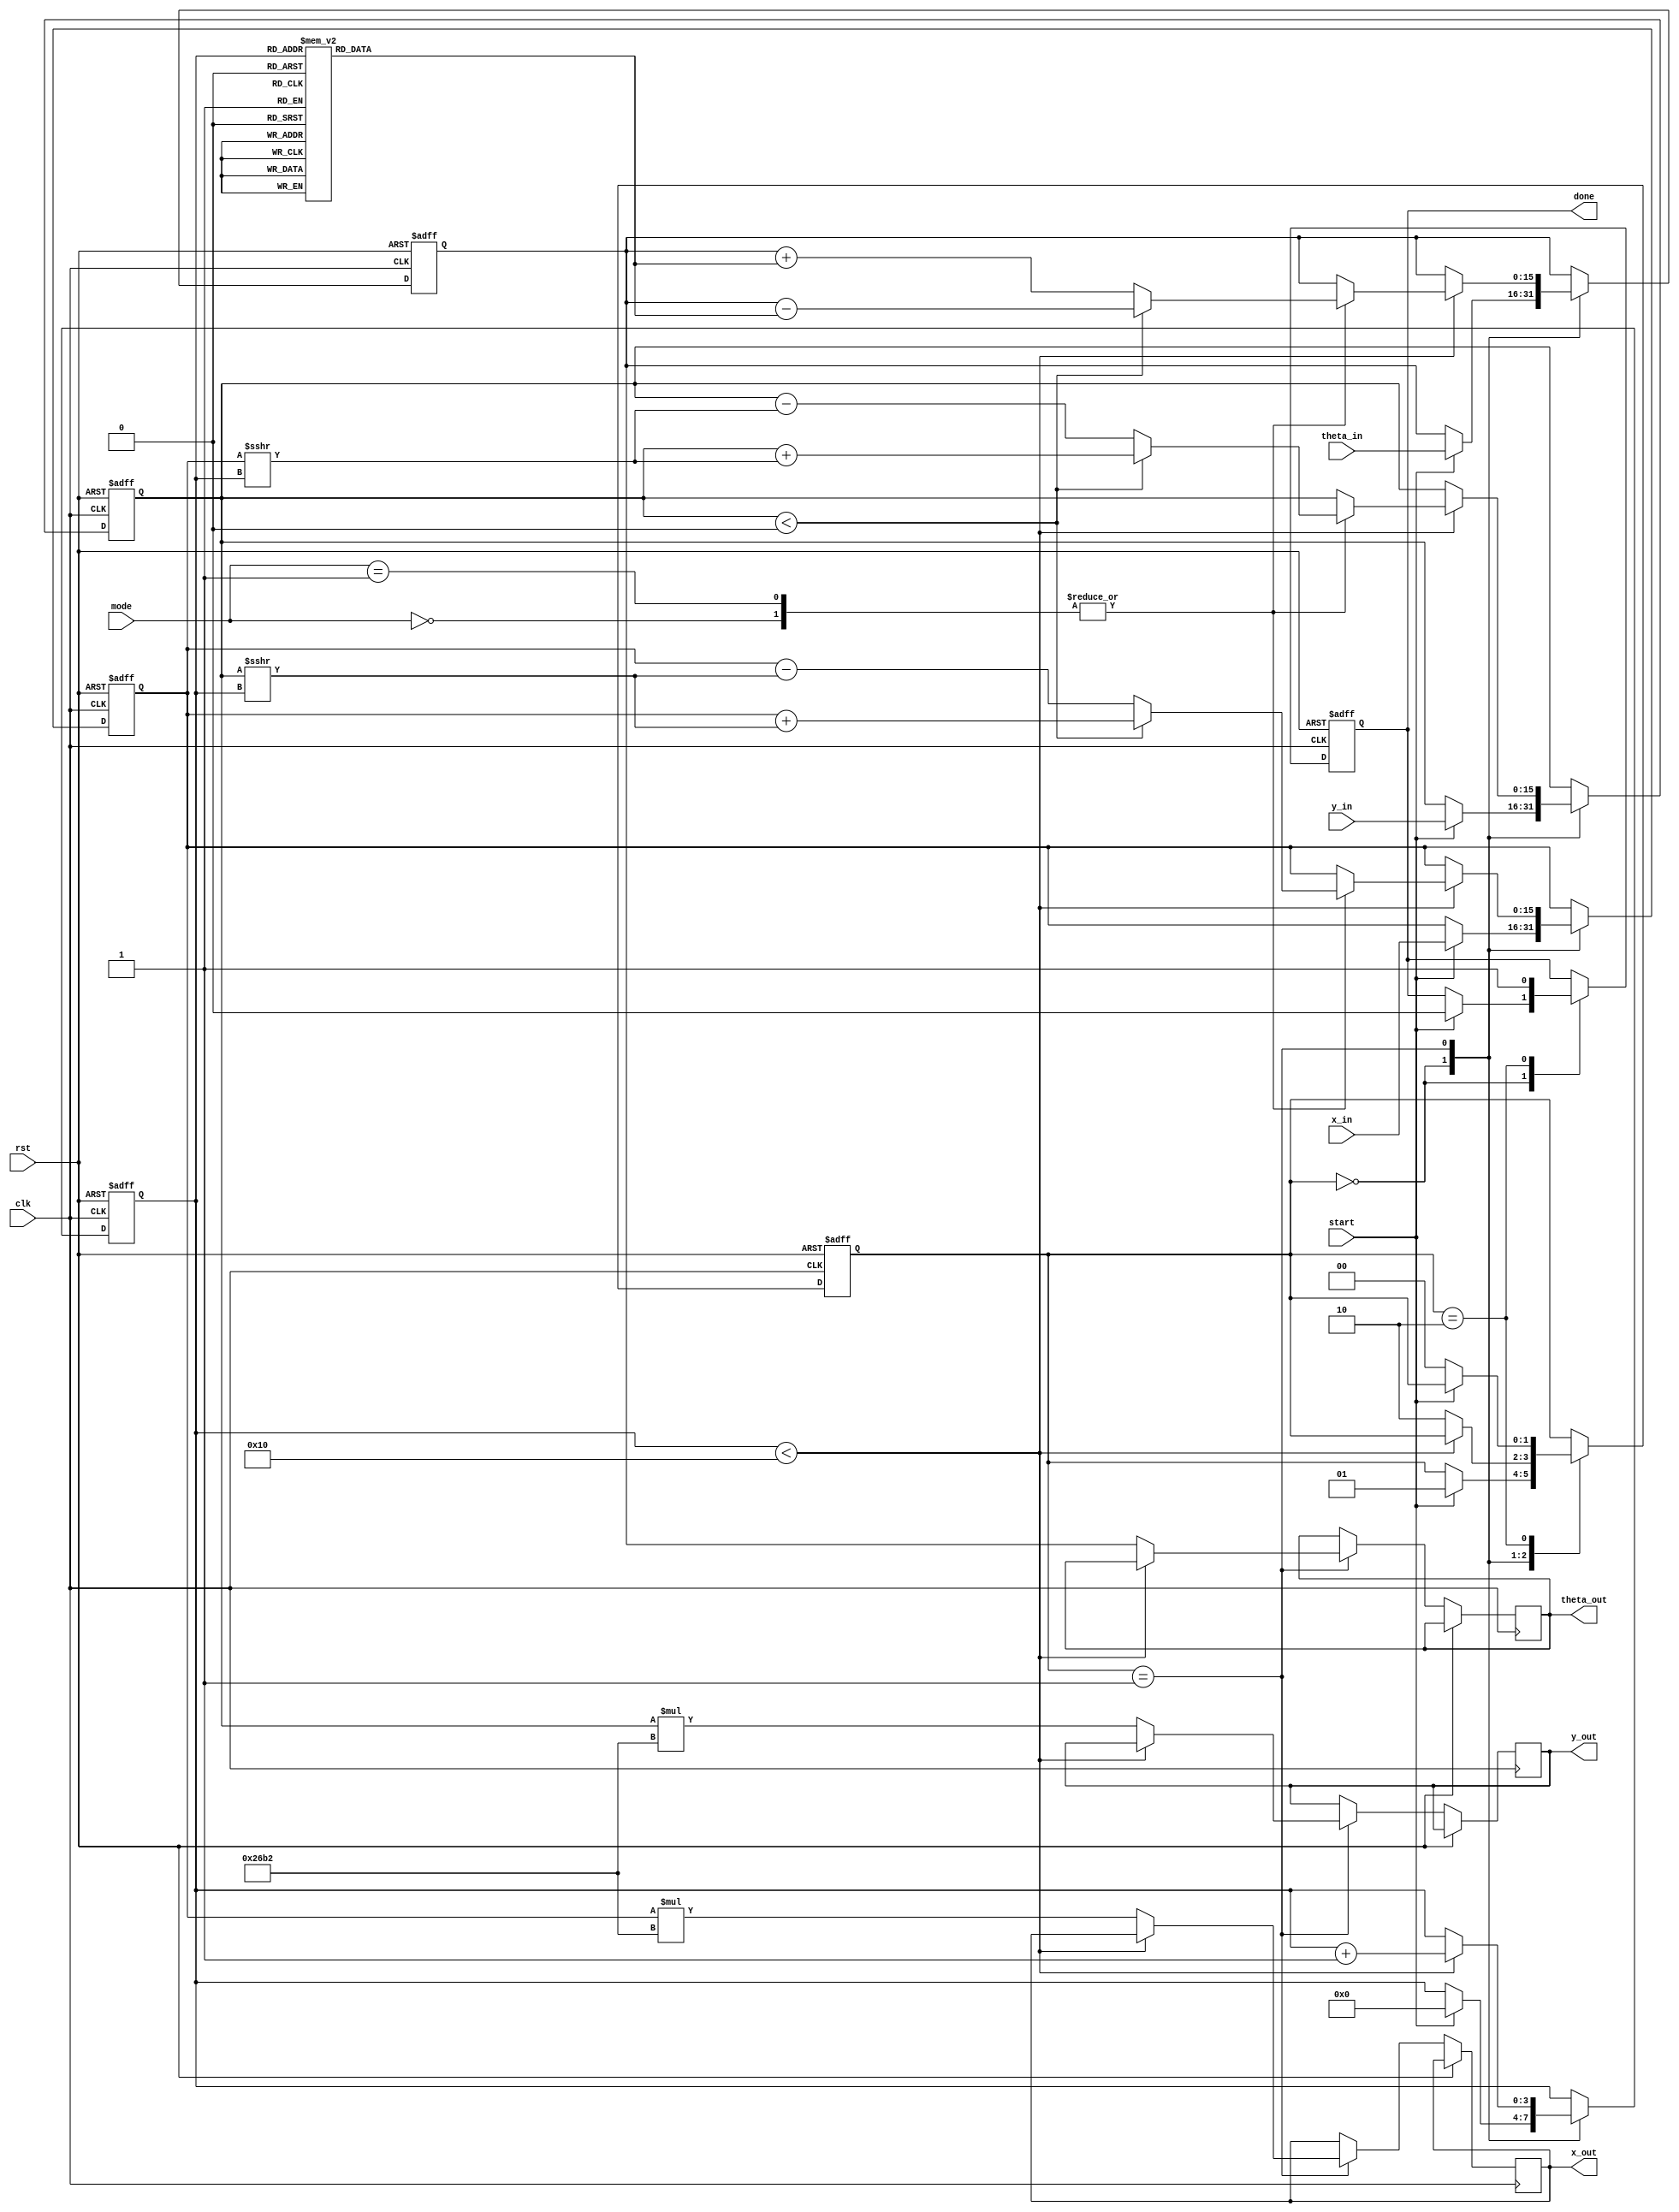
module unified_cordic (
    input clk,
    input rst,
    input [15:0] x_in,         // Input X vector
    input [15:0] y_in,         // Input Y vector
    input [15:0] theta_in,     // Input angle in fixed-point representation
    input [2:0] mode,          // Mode selection (0: rotation, 1: vectoring, 2: hyperbolic)
    input start,               // Start signal
    output reg [15:0] x_out,   // Output X vector
    output reg [15:0] y_out,   // Output Y vector
    output reg [15:0] theta_out,// Output angle
    output reg done            // Done signal
);

    // CORDIC gain factor
    parameter GAIN = 16'h26B2; // Gain factor for CORDIC
    parameter NUM_ITERATIONS = 16; // Number of iterations

    reg [15:0] x, y, theta;
    reg [3:0] iteration;
    reg [1:0] state;
    
    // State machine states
    localparam IDLE = 2'b00, PROCESS = 2'b01, DONE = 2'b10;

    // Precomputed arctan values (in fixed-point format)
    reg [15:0] atan_table [0:NUM_ITERATIONS-1];
    initial begin
        // Initialize arctan values (scaled and in fixed-point)
        atan_table[0] = 16'h2000; // atan(0.5) in fixed-point
        atan_table[1] = 16'h1333; // atan(0.25)
        // Fill in other arctan values...
        // Example values; these should be precomputed
    end

    // State machine to control the operation
    always @(posedge clk or posedge rst) begin
        if (rst) begin
            x <= 0;
            y <= 0;
            theta <= 0;
            iteration <= 0;
            state <= IDLE;
            done <= 0;
        end else begin
            case (state)
                IDLE: begin
                    if (start) begin
                        x <= x_in;
                        y <= y_in;
                        theta <= theta_in;
                        iteration <= 0;
                        state <= PROCESS;
                        done <= 0;
                    end
                end
                
                PROCESS: begin
                    if (iteration < NUM_ITERATIONS) begin
                        case (mode)
                            3'b000: begin // Rotation Mode
                                if (y < 0) begin
                                    x <= x + (y >>> iteration); // Right rotation
                                    y <= y + (x >>> iteration);
                                    theta <= theta - atan_table[iteration];
                                end else begin
                                    x <= x - (y >>> iteration); // Left rotation
                                    y <= y - (x >>> iteration);
                                    theta <= theta + atan_table[iteration];
                                end
                            end
                            3'b001: begin // Vectoring Mode
                                if (y < 0) begin
                                    x <= x + (y >>> iteration);
                                    y <= y + (x >>> iteration);
                                    theta <= theta - atan_table[iteration];
                                end else begin
                                    x <= x - (y >>> iteration);
                                    y <= y - (x >>> iteration);
                                    theta <= theta + atan_table[iteration];
                                end
                            end
                            3'b010: begin // Hyperbolic Mode
                                // Implement hyperbolic calculations here
                                // Example: similar to rotation but with hyperbolic properties
                            end
                        endcase
                        iteration <= iteration + 1;
                    end else begin
                        x_out <= x * GAIN; // Apply gain correction
                        y_out <= y * GAIN;
                        theta_out <= theta;
                        state <= DONE;
                    end
                end
                
                DONE: begin
                    done <= 1; // Signal that processing is done
                    if (!start) begin
                        state <= IDLE; // Reset to IDLE state on new start
                    end
                end
            endcase
        end
    end
endmodule